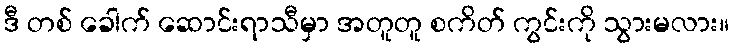
ဒီ တစ် ခေါက် ဆောင်းရာသီမှာ အတူတူ စကိတ် ကွင်းကို သွားမလား။